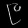
Digit: ၉